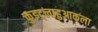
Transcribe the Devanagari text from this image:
कुइट्लाहुआकला